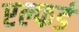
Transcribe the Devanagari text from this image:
एल्फर्ड